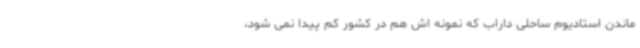
ماندن استادیوم ساحلی داراب که نمونه اش هم در کشور کم پیدا نمی شود،